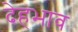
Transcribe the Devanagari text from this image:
देहभाव